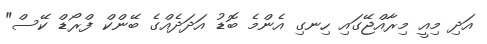
އަދި މިއީ މިރާއްޖޭގައި ހިނގި އެންމެ ބޮޑު އަދަދެއްގެ ބޭންކް ފްރޯޑް ކޭސް"